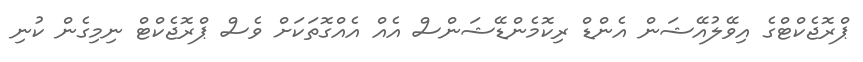
ޕްރޮޖެކްޓްގެ އިވޭލުއޭޝަން އެންޑް ރިކޮމެންޑޭޝަންސް އެއް އެއްގޮތަކަށް ވެސް ޕްރޮޖެކްޓް ނިމިގެން ކުނި